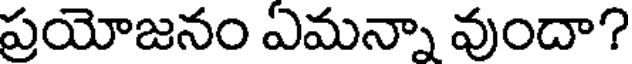
ప్రయోజనం ఏమన్నా వుందా?